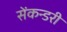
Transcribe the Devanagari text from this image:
सेंकन्‍डरी